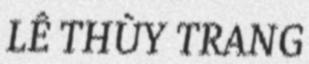
LÊ THÙY TRANG